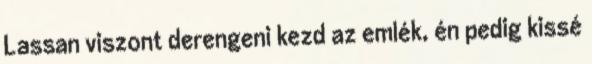
Lassan viszont derengeni kezd az emlék, én pedig kissé